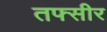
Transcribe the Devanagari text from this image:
तफ्सीर